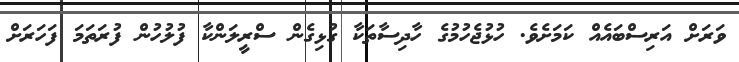
ވަރަށް އަރިސްބައެއް ކަމަށެވެ. ހުޅުޖެހުމުގެ ހާދިސާތަކާ ގުޅިގެން ސްރީލަންކާ ފުލުހުން ފުރަތަމަ ފަހަރަށް